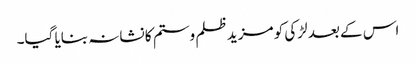
اس کے بعد لڑکی کو مزید ظلم وستم کا نشانہ بنایا گیا۔